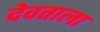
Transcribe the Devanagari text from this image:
देवताला